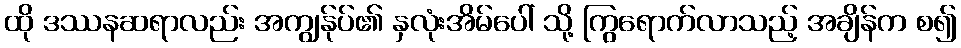
ထို ဒဿနဆရာလည်း အကျွန်ုပ်၏ နှလုံးအိမ်ပေါ် သို့ ကြွရောက်လာသည့် အချိန်က စ၍